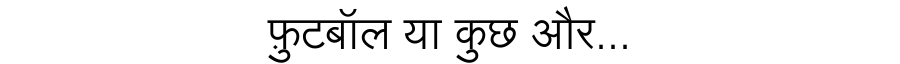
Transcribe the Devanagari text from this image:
फ़ुटबॉल या कुछ और...